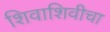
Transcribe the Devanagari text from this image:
शिवाशिवीचा